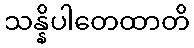
သန္နိပါတေထာတိ